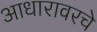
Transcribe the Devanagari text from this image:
आधारावरचे